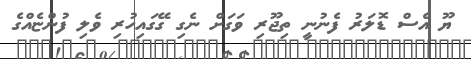
ޔޫ އެސް ޑޮލަރު ފެނުނީ ތިޖޫރި ވަގަށް ނެގި ގޭގައިހުރި ވެލި ފުންޏެއްގެ